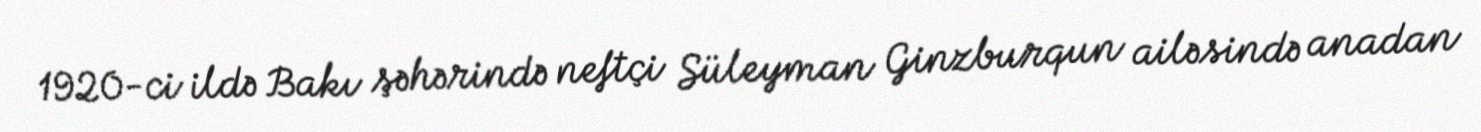
1920-ci ildə Bakı şəhərində neftçi Süleyman Ginzburqun ailəsində anadan